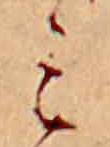
ミ